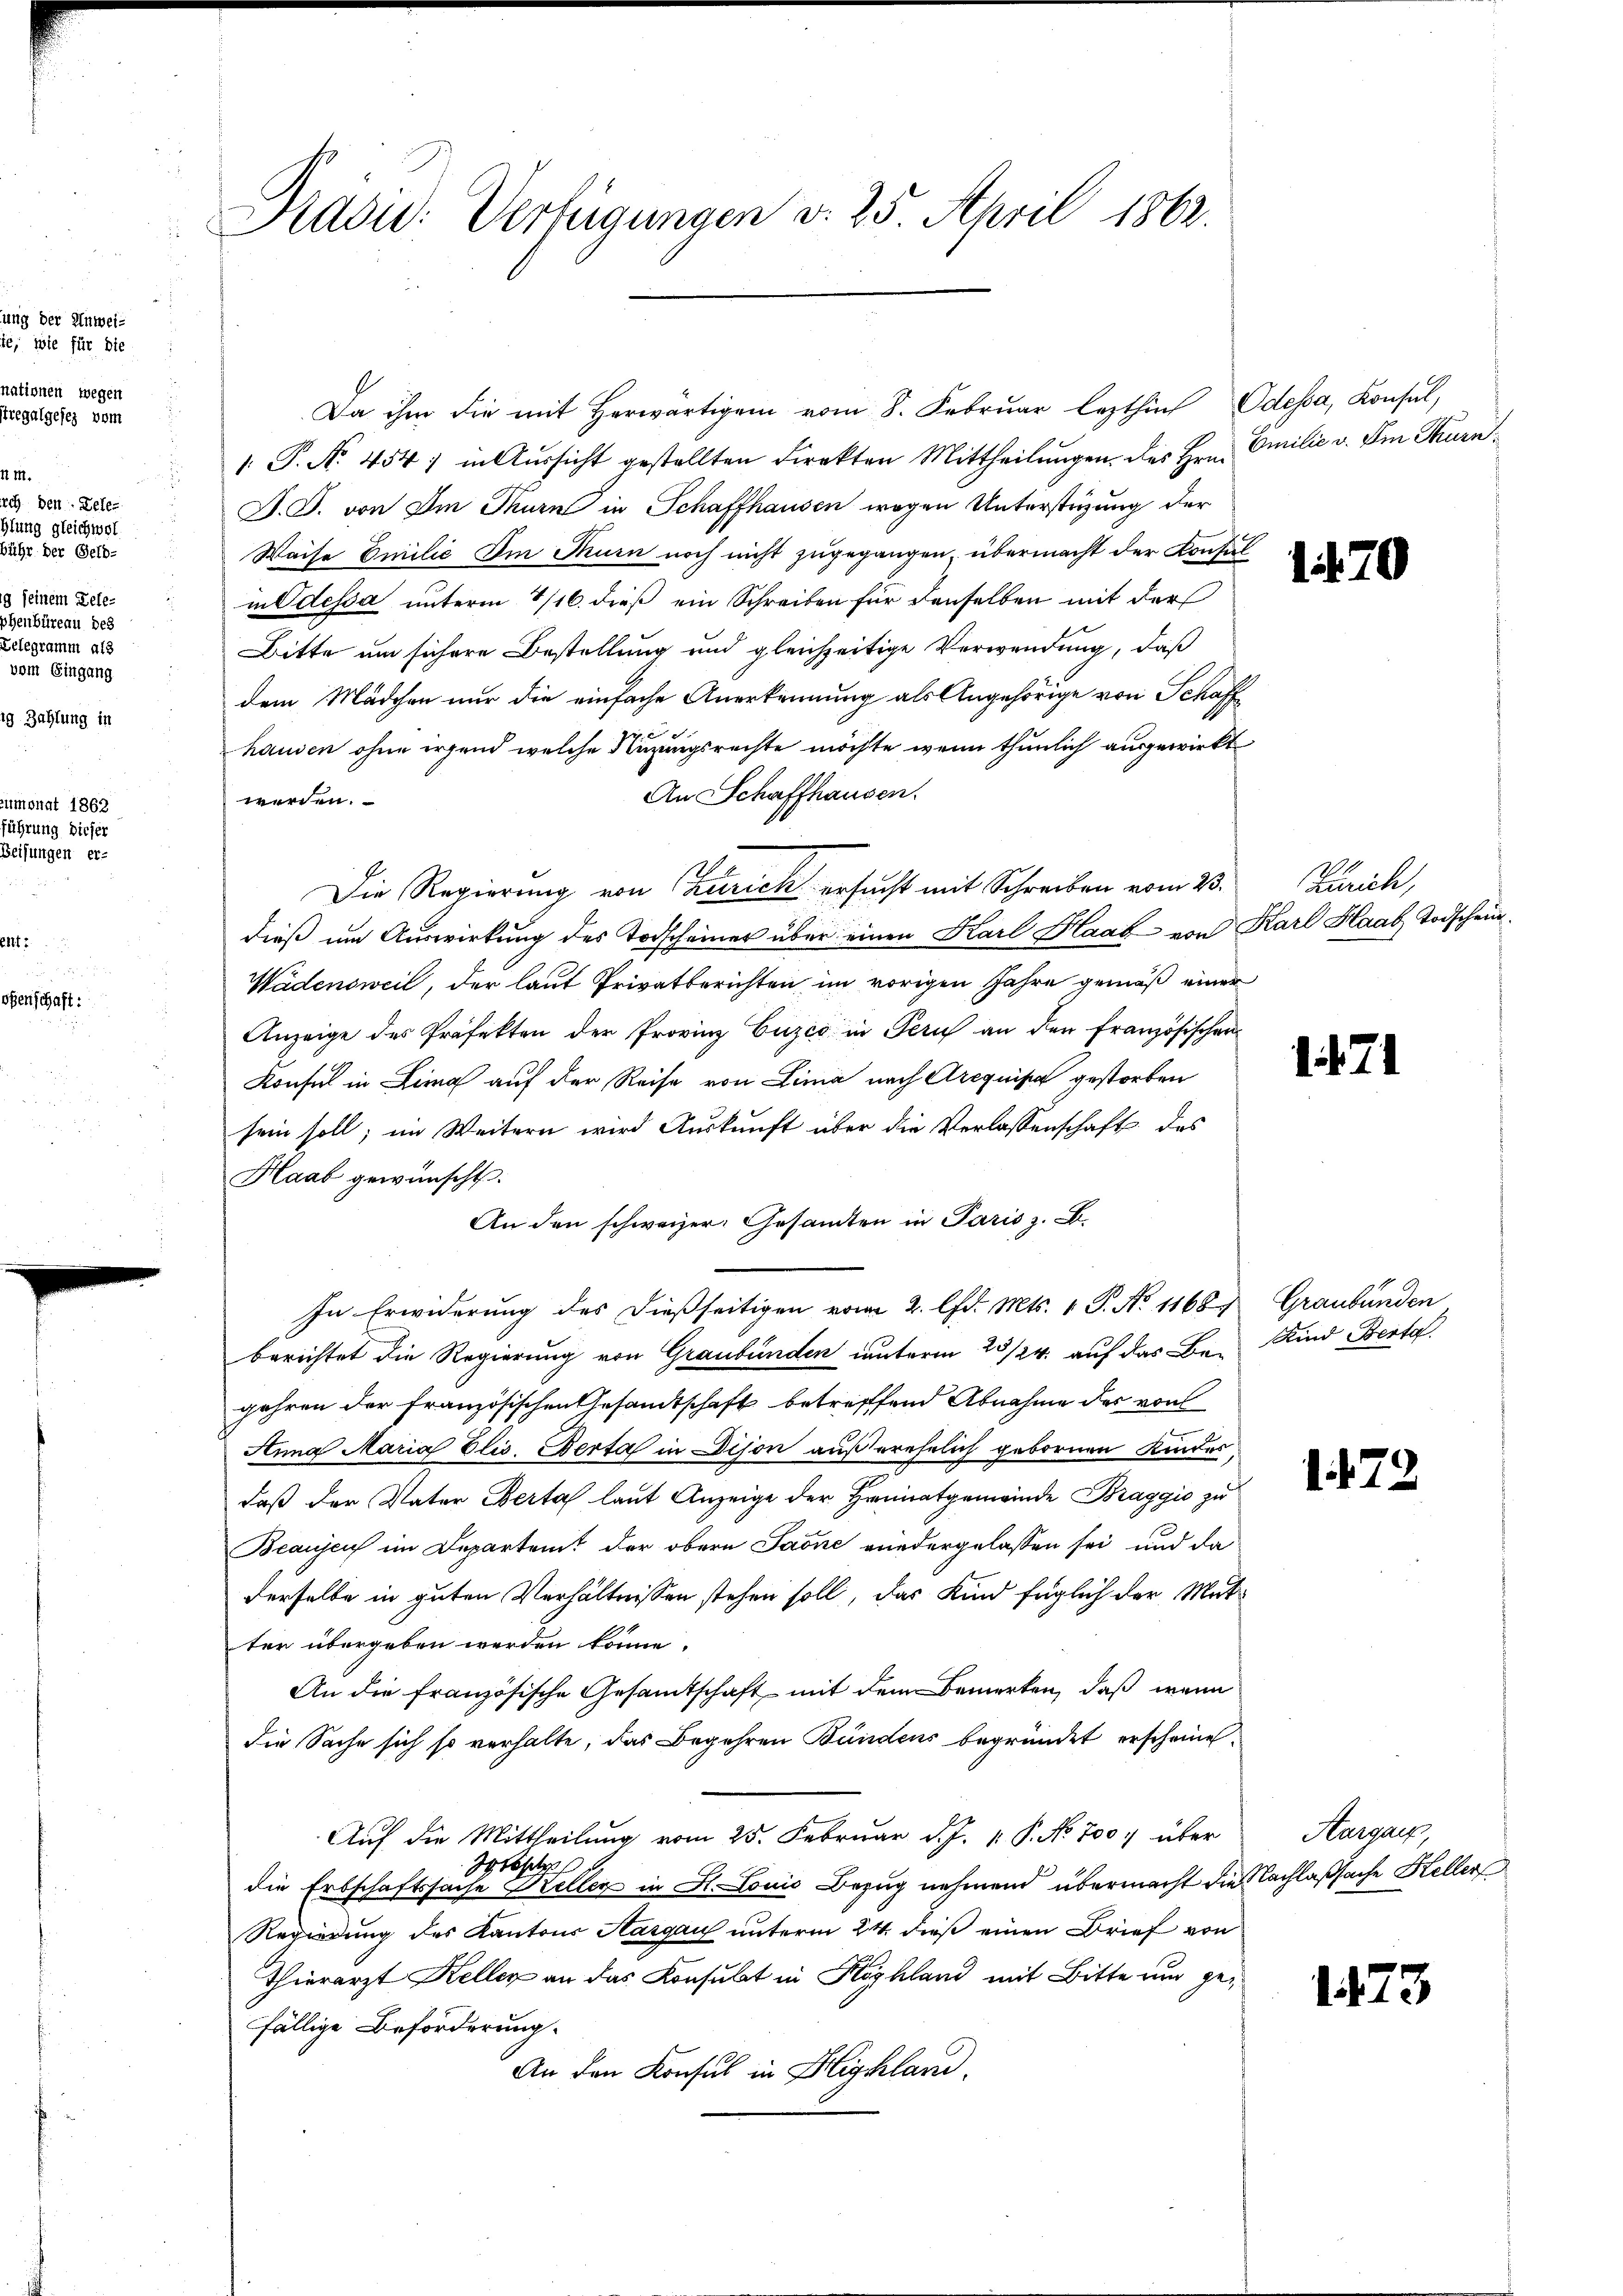
n

sische

Addu: Verfügungen d. 25. April 1862.

Da ihm die mit herwärtigen vom 8. Februar lezthin Odessa, Konsul,
1. P. No. 454 in Aussicht gestellten Direkten Mittheilungen des Hrn.
J. J. von Im Thurn in Schaffhausen wegen Unterstüzung der
Waise Emilie Im Thurn noch nicht zugegangen übermacht der Konsul
in Odessa unterm 1/16. dieß ein Schreiben für denselben mit der
Bitte um sichere Bestellung und gleichzeitige Verwendung, daß
dem Mädchen nur die einfache Anerkennung als Angehörige von Schaffhausen ohne irgend welche Nuzungsrechte möchte, wenn thunlich ausgewirkt
An Schaffhausen.
werden.
Die Regierung von Zürich ersucht mit Schreiben vom 23.
dieß um Auswirkung des Todscheiner über einen Karl Haab von
Wädensweil, der laut Privatberichten im vorigen Jahre gemäß einer
Anzeige des Präfekten der Provinz Cuzco in Peruf an den Französischen
Konsul in Lina auf der Reise von Lina nach Arcquise gestorben
sein soll; im Weitern wird Auskunft über die Verlassenschaft des
Haab gewünscht.
An den schweizer Gesamten in Paris z. B.
In Erwiderung des dießseitigen vom 2. l. Mts. 1 S. No 1168, Graubünden
berichtet die Regierung von Graubünden unterm 23/24. auf das Be- Kind Berta
gehren der Französischen Gesamtschaft betrefffend Abnahme der von
Anna Maria Elis. Berta in Dison außerehelich gebornen Kindes,
daß der Vater Berta laut Anzeige der Heimatgemeinde Braggio zu
Beausen im Departent der obern Jaone anedergelassen sei, und da
derselbe in guten Verhältnissen stehen soll, das Kind füglich der Mutter übergeben werden könne.
An die französische Gesamtschaft mit dem Bemerken, daß wenn
die Sache sich so verhalte, das Begehren Bundens begründet erscheine
Auf die Mittheilung vom 25. Februar d. J. 1. P. No. 700. über
St. Gesetze
die Erbschaftssache Steller in H. Louis Bezug nehmend übermacht die
Regierung des Kantons Aargau unterm 24. dieß einen Brief von
Thierarzt Keller an das Konsulat in Keshland mit Bitte und gefällige Beförderung.
An den Konsul in Higklar,

Emilie v. Im Thurn

1470

Zürich,
Karl Haab Todschein.
n

1 f. 71

1. 179

Aargau,
Nachlaßsache Heller

1473